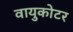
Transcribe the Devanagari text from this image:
वायुकोटर